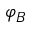
\varphi _ { B }